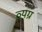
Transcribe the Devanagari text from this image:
व्‍यग्र